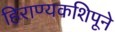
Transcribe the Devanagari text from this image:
हिराण्यकशिपूने